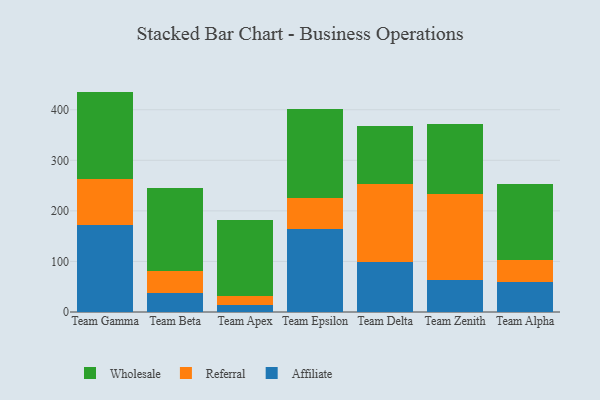
{"axis": {"x": "Team", "y": "LTV (USD)"}, "legend": ["Affiliate", "Referral", "Wholesale"], "data": [{"x": "Team Gamma", "y": 172.3, "type": "Affiliate"}, {"x": "Team Gamma", "y": 90.2, "type": "Referral"}, {"x": "Team Gamma", "y": 173.4, "type": "Wholesale"}, {"x": "Team Beta", "y": 38.1, "type": "Affiliate"}, {"x": "Team Beta", "y": 42.8, "type": "Referral"}, {"x": "Team Beta", "y": 164.7, "type": "Wholesale"}, {"x": "Team Apex", "y": 14.7, "type": "Affiliate"}, {"x": "Team Apex", "y": 17.2, "type": "Referral"}, {"x": "Team Apex", "y": 149.7, "type": "Wholesale"}, {"x": "Team Epsilon", "y": 165.1, "type": "Affiliate"}, {"x": "Team Epsilon", "y": 61.2, "type": "Referral"}, {"x": "Team Epsilon", "y": 174.6, "type": "Wholesale"}, {"x": "Team Delta", "y": 99.0, "type": "Affiliate"}, {"x": "Team Delta", "y": 153.5, "type": "Referral"}, {"x": "Team Delta", "y": 114.8, "type": "Wholesale"}, {"x": "Team Zenith", "y": 63.7, "type": "Affiliate"}, {"x": "Team Zenith", "y": 170.1, "type": "Referral"}, {"x": "Team Zenith", "y": 138.9, "type": "Wholesale"}, {"x": "Team Alpha", "y": 60.3, "type": "Affiliate"}, {"x": "Team Alpha", "y": 41.7, "type": "Referral"}, {"x": "Team Alpha", "y": 151.7, "type": "Wholesale"}]}